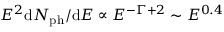
E ^ { 2 } \mathrm { d } N _ { \mathrm { p h } } / \mathrm { d } E \propto E ^ { - \Gamma + 2 } \sim E ^ { 0 . 4 }